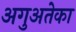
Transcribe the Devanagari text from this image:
अगुअतेका